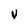
Character: v